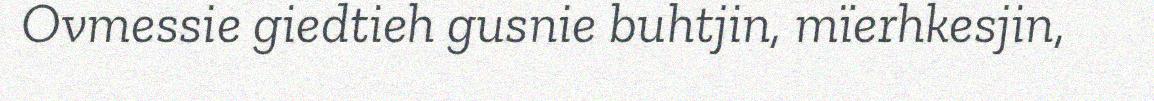
Ovmessie giedtieh gusnie buhtjin, mïerhkesjin,